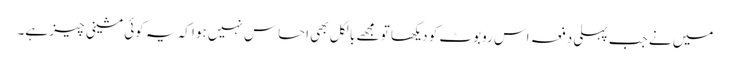
میں نے جب پہلی دفعہ اس روبوٹ کو دیکھا تو مجھے بالکل بھی احساس نہیں ہوا کہ یہ کوئی مشینی چیز ہے۔